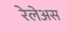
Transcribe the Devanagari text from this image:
रेलेअस